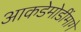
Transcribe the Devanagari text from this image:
आकडेमोडींमागे